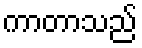
ကာတာသည်